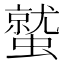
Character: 𮕀